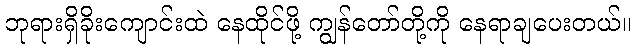
ဘုရားရှိခိုးကျောင်းထဲ နေထိုင်ဖို့ ကျွန်တော်တို့ကို နေရာချပေးတယ်။